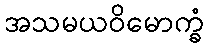
အသမယဝိမောက္ခံ